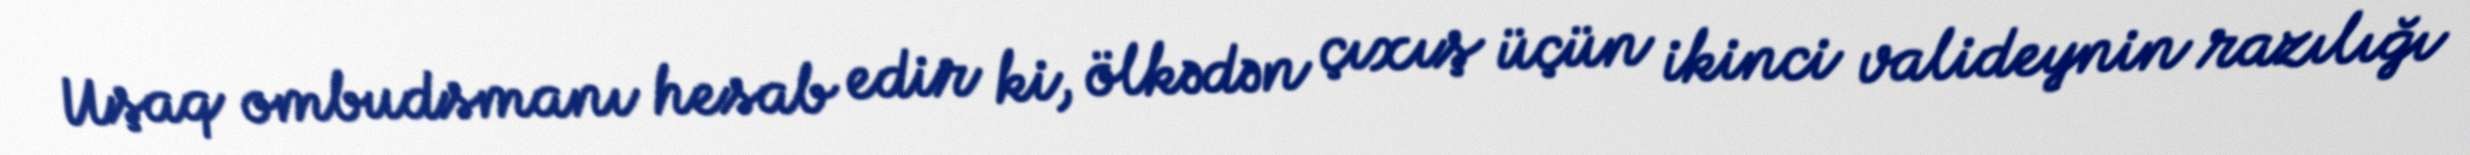
Uşaq ombudsmanı hesab edir ki, ölkədən çıxış üçün ikinci valideynin razılığı